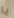
يا